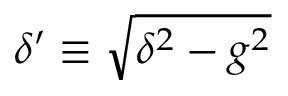
\delta ^ { \prime } \equiv \sqrt { \delta ^ { 2 } - g ^ { 2 } }